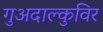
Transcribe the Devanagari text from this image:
गुअदाल्कुविर